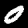
Digit: 0